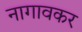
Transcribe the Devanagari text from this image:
नागावकर